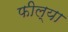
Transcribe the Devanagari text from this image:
फील्या